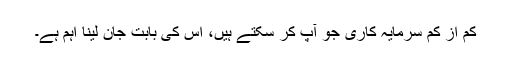
کم از کم سرمایہ کاری جو آپ کر سکتے ہیں، اس کی بابت جان لینا اہم ہے۔